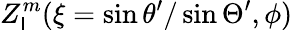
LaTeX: Z_{\mathsf{l}}^{m}(\xi=\sin\theta^{\prime}/\sin\Theta^{\prime},\phi)